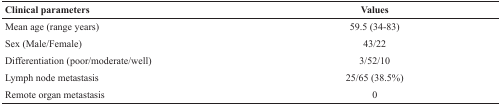
<table><thead><tr><td><b>Clinical parameters</b></td><td><b>Values</b></td></tr></thead><tbody><tr><td>Mean age (range years)</td><td>59.5 (34-83)</td></tr><tr><td>Sex (Male/Female)</td><td>43/22</td></tr><tr><td>Differentiation (poor/moderate/well)</td><td>3/52/10</td></tr><tr><td>Lymph node metastasis</td><td>25/65 (38.5%)</td></tr><tr><td>Remote organ metastasis</td><td>0</td></tr></tbody></table>